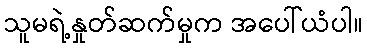
သူမရဲ့နှုတ်ဆက်မှုက အပေါ်ယံပါ။